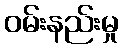
ဝမ်းနည်းမှု